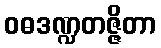
ဝဓဒဏ္ဍတဇ္ဇိတာ